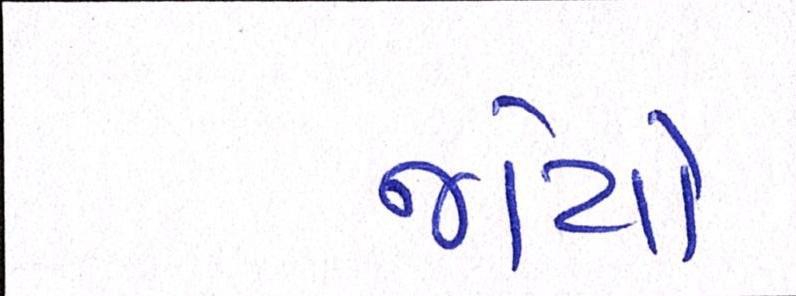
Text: જોયો